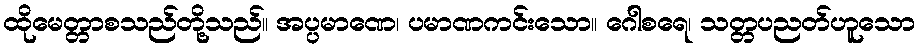
ထိုမေတ္တာစသည်တို့သည်။ အပ္ပမာဏေ၊ ပမာဏကင်းသော။ ဂေါစရေ၊ သတ္တပညတ်ဟူသော